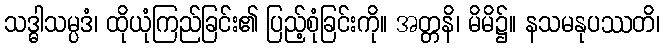
သဒ္ဓါသမ္ပဒံ၊ ထိုယုံကြည်ခြင်း၏ ပြည့်စုံခြင်းကို။ အတ္တနိ၊ မိမိ၌။ နသမနုပဿတိ၊